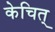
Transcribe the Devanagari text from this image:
केचित्